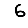
Digit: 6